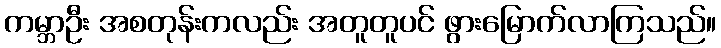
ကမ္ဘာဦး အစတုန်းကလည်း အတူတူပင် ဖွားမြောက်လာကြသည်။